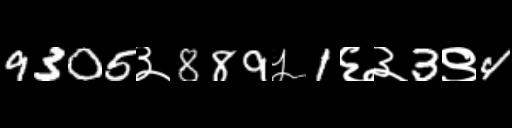
Text: 9305३889५1६३3९4